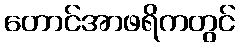
တောင်အာဖရိကတွင်